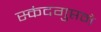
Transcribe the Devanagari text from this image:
स्कंदगुप्तने